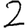
Digit: 2